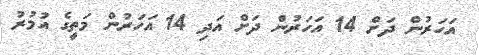
އަހަރުން ދަށް 14 އަހަރުން ދަށް އަދި 14 އަހަރުން މަތީގެ އުމުރު